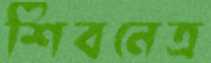
শিবনেত্র